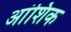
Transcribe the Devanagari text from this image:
अांशिक